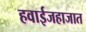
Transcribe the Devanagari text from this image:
हवाईजहाजात